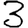
Digit: 3